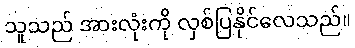
သူသည် အားလုံးကို လှစ်ပြနိုင်လေသည်။